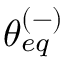
\theta _ { e q } ^ { ( - ) }